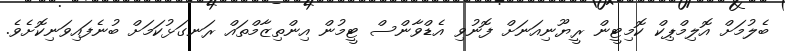
ބެލުމަށް އޮލިމްޕިކް ކޮމިޓީން ރީޔޫނިއަނަށް ފޮނުވި އެޑްވާންސް ޓީމުން އިންތިޒާމްތައް ރަނގަޅުކަމަށް ބުނެފައިވަނިކޮށެވެ.